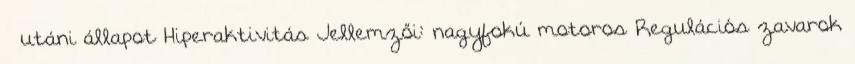
utáni állapot Hiperaktivitás Jellemzői: nagyfokú motoros Regulációs zavarok